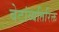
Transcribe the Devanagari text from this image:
बेटांव्यतिरिक्त